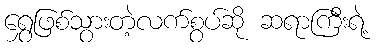
ရွှေဖြစ်သွားတဲ့လက်စွပ်ဆို ဆရာကြီးရဲ့